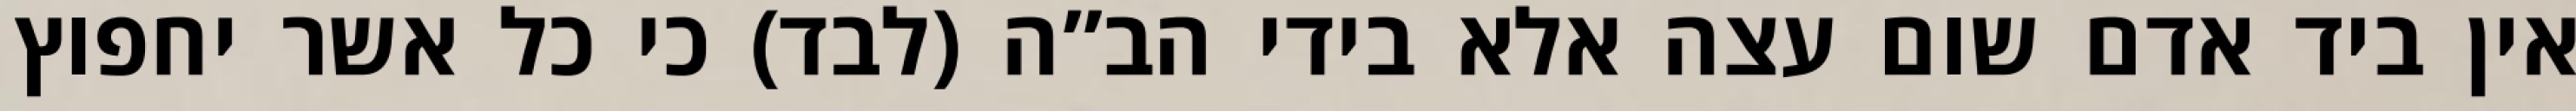
אין ביד אדם שום עצה אלא בידי הב”ה (לבד) כי כל אשר יחפוץ